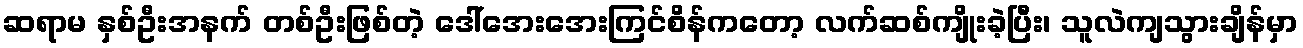
ဆရာမ နှစ်ဦးအနက် တစ်ဦးဖြစ်တဲ့ ဒေါ်အေးအေးကြင်စိန်ကတော့ လက်ဆစ်ကျိုးခဲ့ပြီး၊ သူလဲကျသွားချိန်မှာ